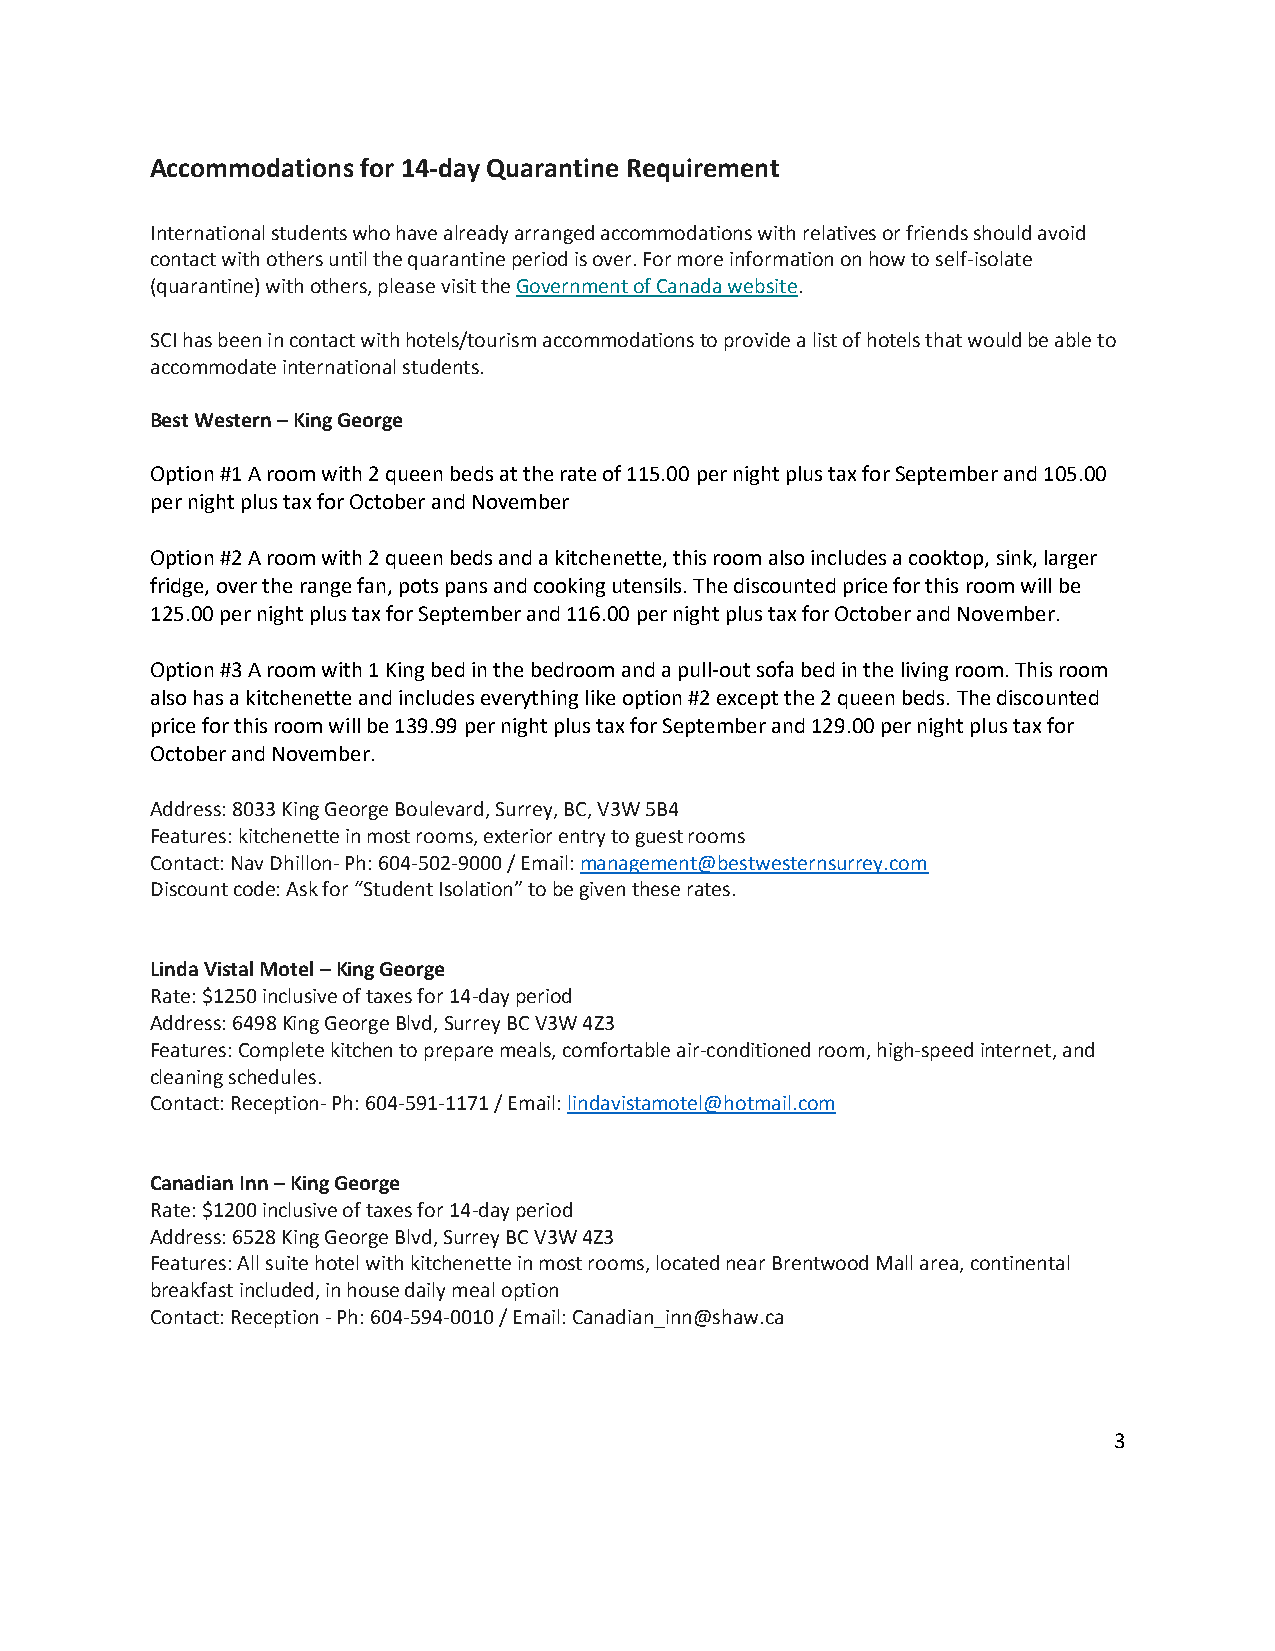
Accommodations for 14-day Quarantine Requirement
 International students who have already arranged accommodations with relatives or friends should avoid
 contact with others until the quarantine period is over. For more information on how to self-isolate
 (quarantine) with others, please visit the Government of Canada website.
 SCI has been in contact with hotels/tourism accommodations to provide a list of hotels that would be able to
 accommodate international students.
 Best Western – King George
 Option #1 A room with 2 queen beds at the rate of 115.00 per night plus tax for September and 105.00
 per night plus tax for October and November
 Option #2 A room with 2 queen beds and a kitchenette, this room also includes a cooktop, sink, larger
 fridge, over the range fan, pots pans and cooking utensils. The discounted price for this room will be
 125.00 per night plus tax for September and 116.00 per night plus tax for October and November.
 Option #3 A room with 1 King bed in the bedroom and a pull-out sofa bed in the living room. This room
 also has a kitchenette and includes everything like option #2 except the 2 queen beds. The discounted
 price for this room will be 139.99 per night plus tax for September and 129.00 per night plus tax for
 October and November.
 Address: 8033 King George Boulevard, Surrey, BC, V3W 5B4
 Features: kitchenette in most rooms, exterior entry to guest rooms
 Contact: Nav Dhillon- Ph: 604-502-9000 / Email: management@bestwesternsurrey.com
 Discount code: Ask for “Student Isolation” to be given these rates.
 Linda Vistal Motel – King George
 Rate: $1250 inclusive of taxes for 14-day period
 Address: 6498 King George Blvd, Surrey BC V3W 4Z3
 Features: Complete kitchen to prepare meals, comfortable air-conditioned room, high-speed internet, and
 cleaning schedules.
 Contact: Reception- Ph: 604-591-1171 / Email: lindavistamotel@hotmail.com
 Canadian Inn – King George
 Rate: $1200 inclusive of taxes for 14-day period
 Address: 6528 King George Blvd, Surrey BC V3W 4Z3
 Features: All suite hotel with kitchenette in most rooms, located near Brentwood Mall area, continental
 breakfast included, in house daily meal option
 Contact: Reception - Ph: 604-594-0010 / Email: Canadian_inn@shaw.ca
 3